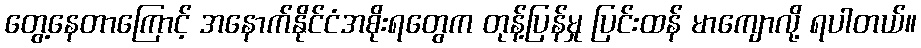
တွေ့နေတာကြောင့် အနောက်နိုင်ငံအစိုးရတွေက တုန့်ပြန်မှု ပြင်းထန် မာကျောလို့ ရပါတယ်။